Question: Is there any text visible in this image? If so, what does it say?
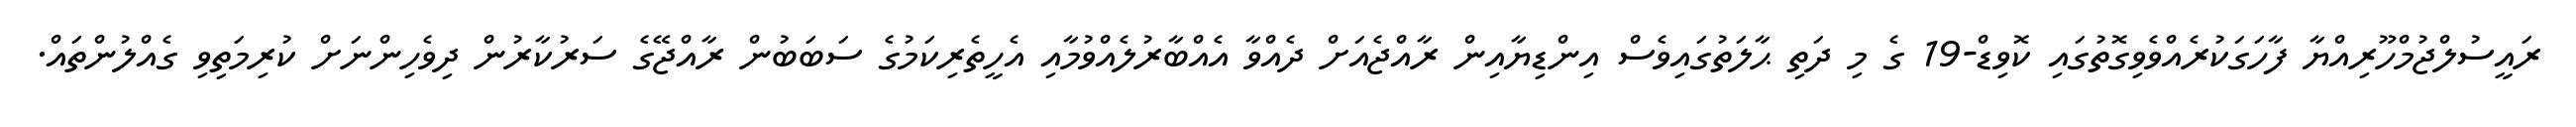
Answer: ރައީސުލްޖުމްހޫރިއްޔާ ފާހަގަކުރެއްވެވިގޮތުގައި ކޮވިޑް-19 ގެ މި ދަތި ޙާލަތުގައިވެސް އިންޑިޔާއިން ރާއްޖެއަށް ދެއްވާ އެއްބާރުލެއްވުމާއި އެހީތެރިކަމުގެ ސަބަބުން ރާއްޖޭގެ ސަރުކާރުން ދިވެހިންނަށް ކުރިމަތިވި ގެއްލުންތައް.